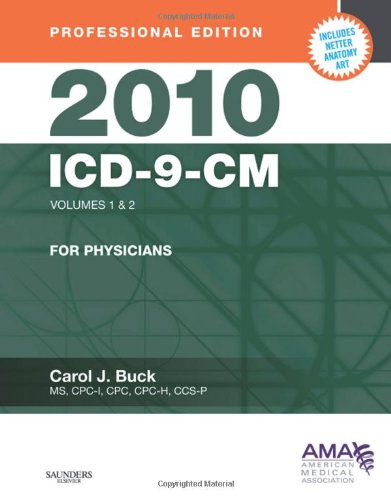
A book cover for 2010 ICD-9-CM, for Physicians, Volumes 1 and 2, Professional Edition (Spiral bound), 1e (ICD-9 PROF VERSION VOLS 1 & 2); Carol J. Buck MS  CPC  CCS-P; Medical Books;